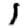
Digit: 1